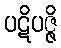
ပဋိပဇ္ဇိ